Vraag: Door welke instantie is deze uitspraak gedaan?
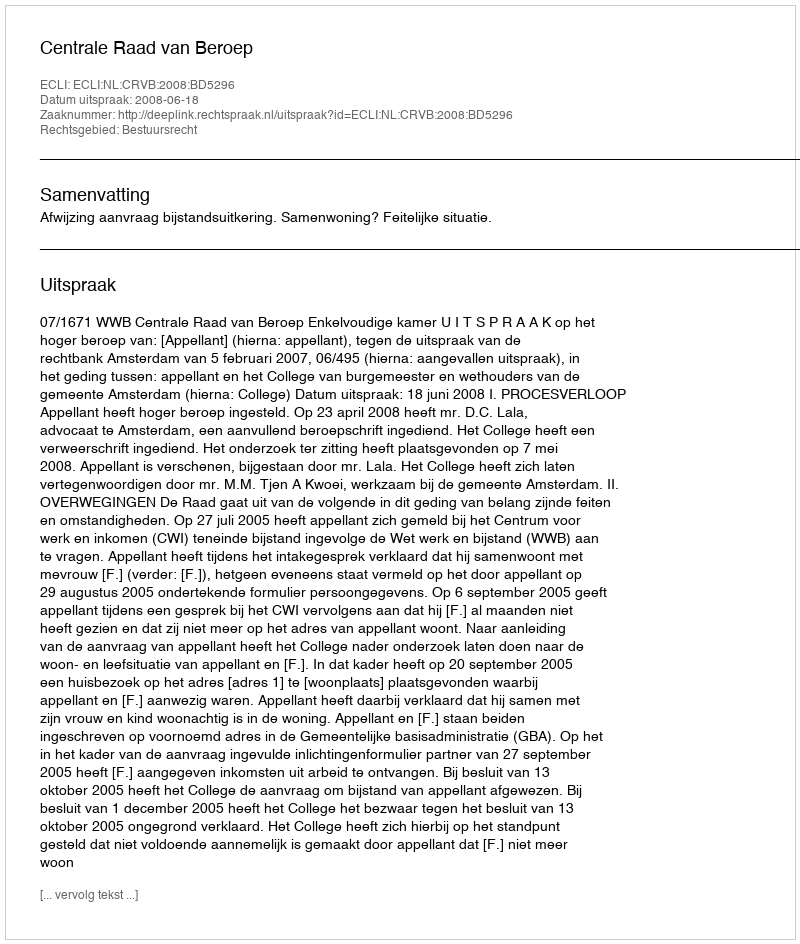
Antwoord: Centrale Raad van Beroep